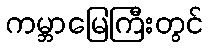
ကမ္ဘာမြေကြီးတွင်